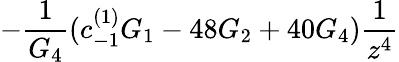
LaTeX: -\frac{1}{G_{4}}(c_{-1}^{(1)}G_{1}-48G_{2}+40G_{4})\frac{1}{z^{4}}